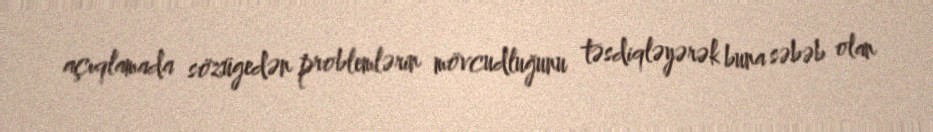
açıqlamada sözügedən problemlərin mövcudluğunu təsdiqləyərək buna səbəb olan